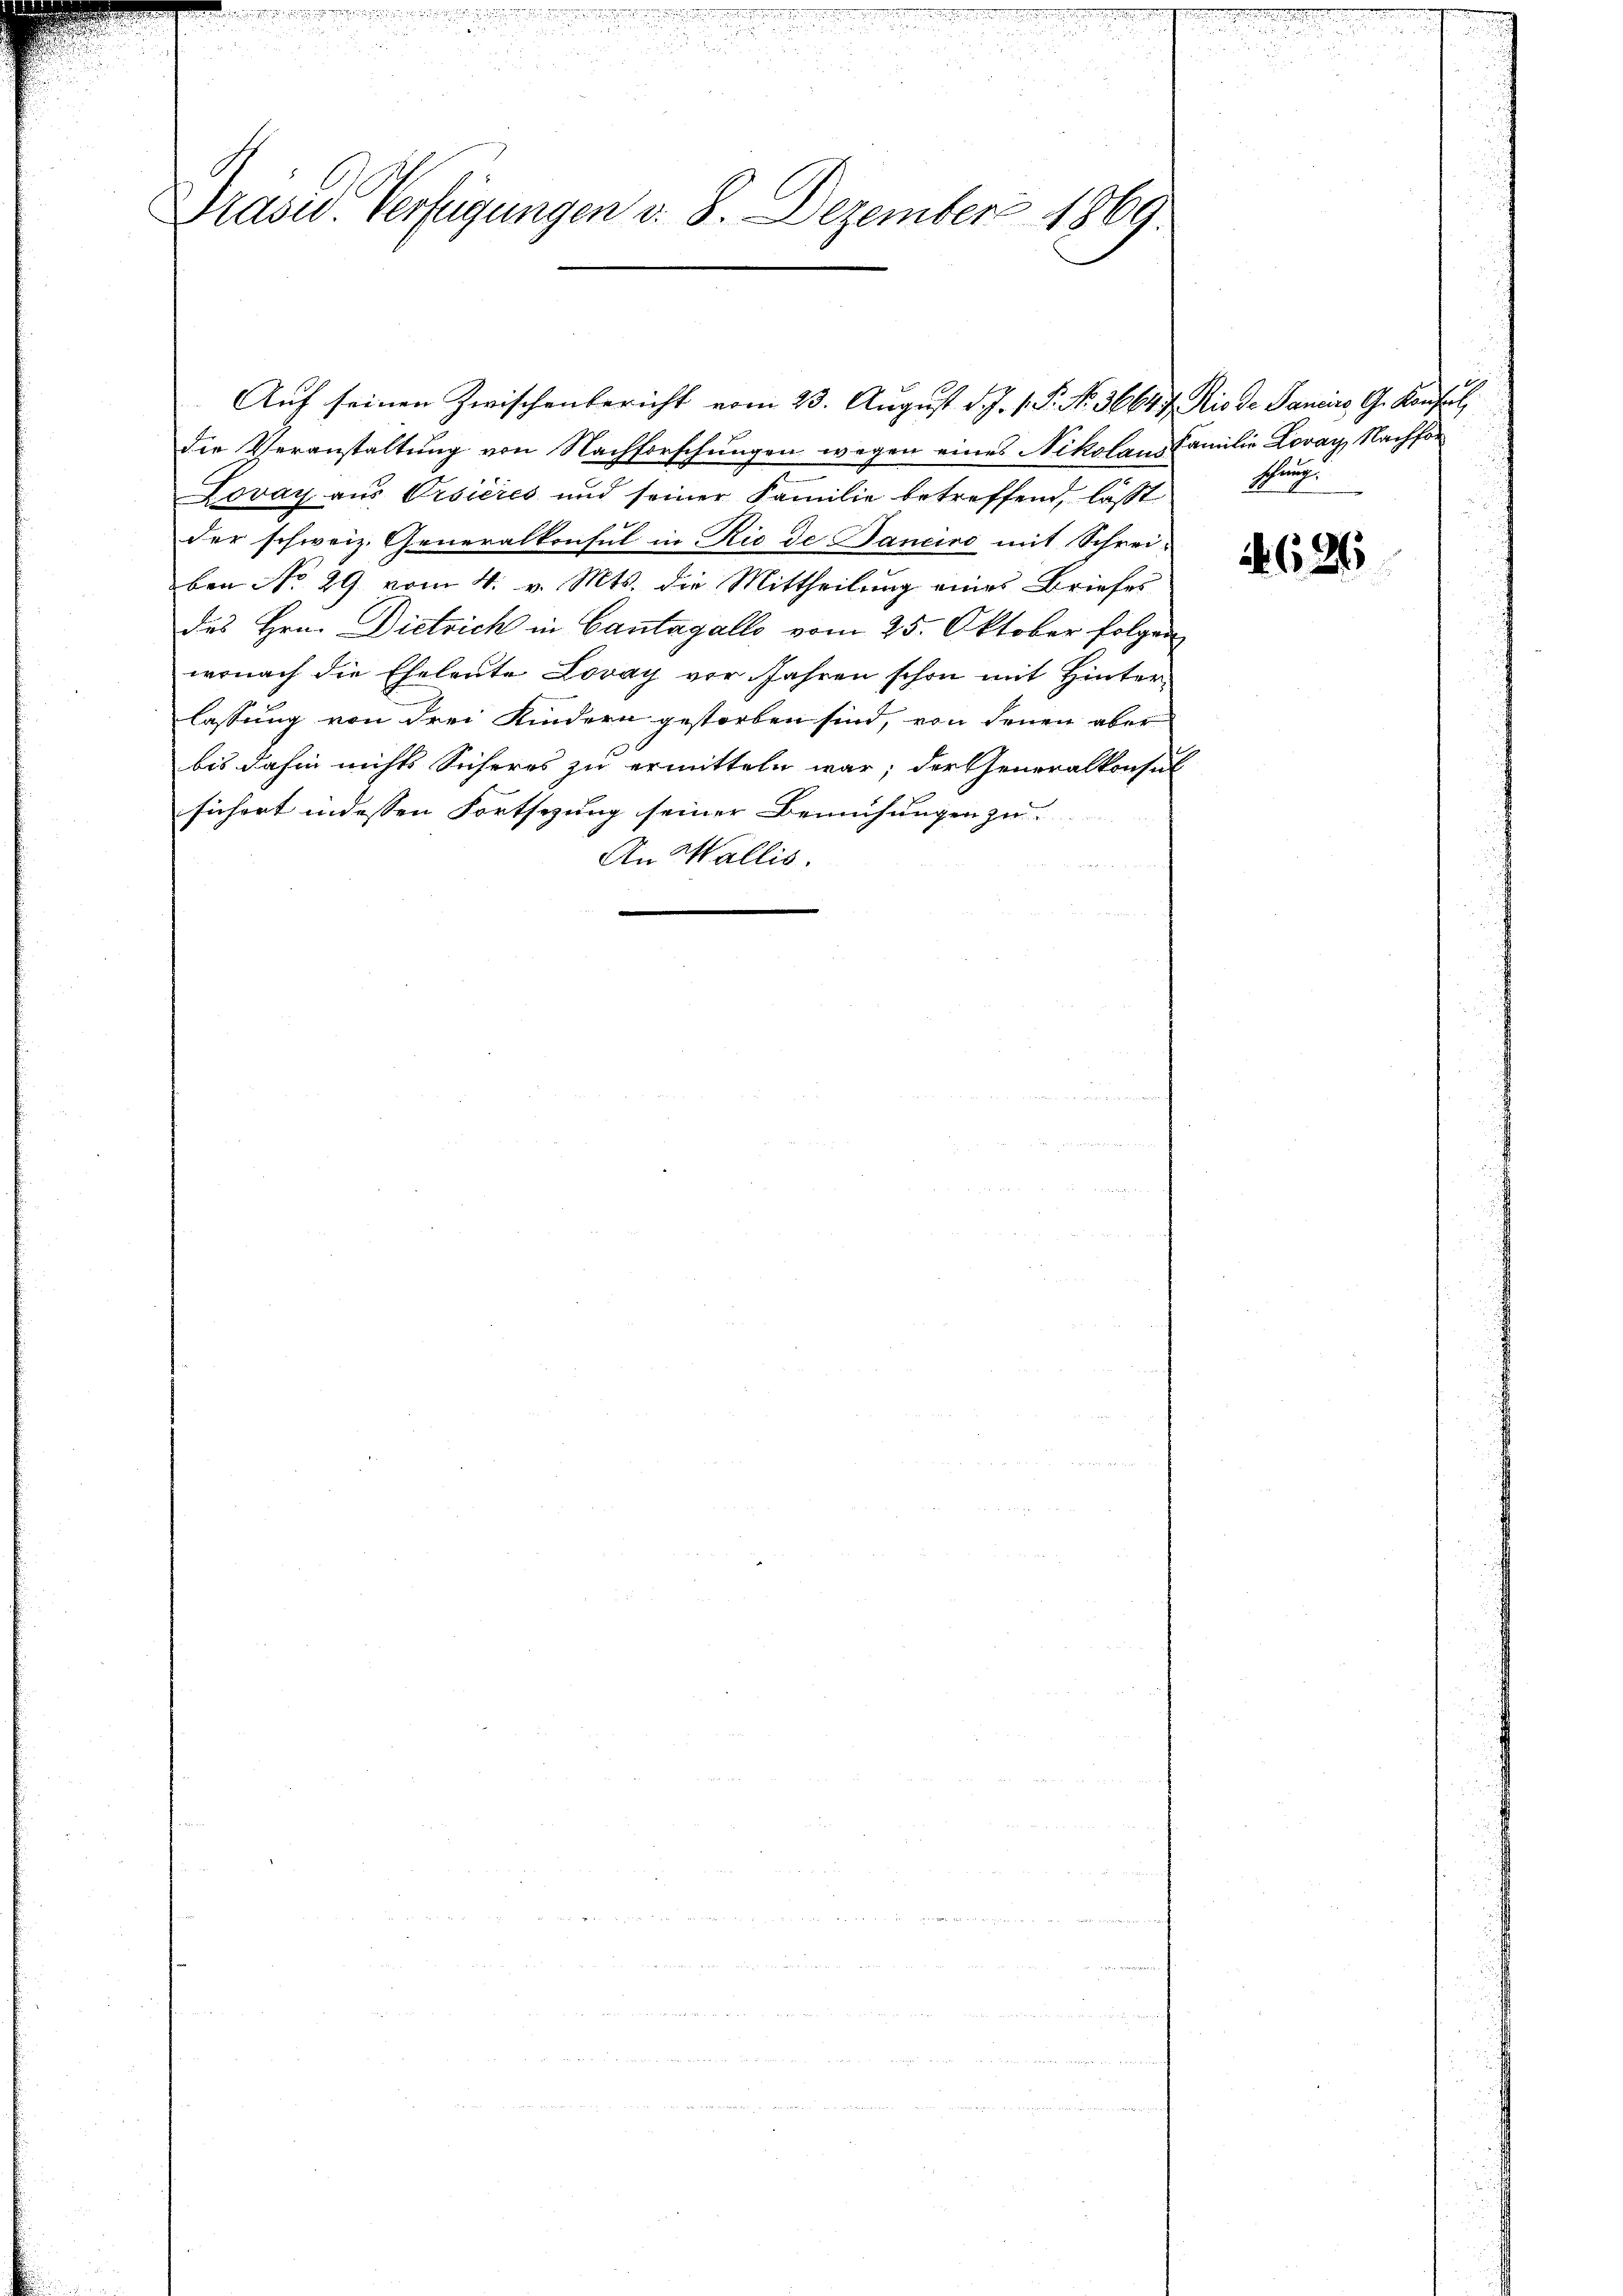
u
Prasw. Verfügungen d. 8. Dezember 1869.

u

d

u

u

die Veranstaltung von Nachforschungen wegen eines Nikolaus Familie Loray, Nachfor
Lovay aus Orsières und seiner Familie betreffend, lässt
der schweiz. Generalkonsul in Ric de Banciro mit Schrei-
ben No 29. vom 4. v. Mts. die Mittheilung eines Briefes
des Hrn. Dietrich in Cantagallo vom 25. Oktober folgen
wonach die Eheleute Lovay vor Jahren schon mit Hinterlassung von drei Kindern gestorben sind, von denen aber
bis dahin nichts Sicheres zu ermitteln war; der Generalkonsul
sichert indessen Fortsezung seiner Bemühungen zu
An Wallis.

Auf seinen Zwischenbericht vom 23. August d. J. 1. P. Nr. 36647. Rio de Sanciers, G. Konsul

.
den sie sich einer die es
uin u. seine

e

Purg

4626

ennen.